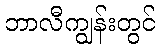
ဘာလီကျွန်းတွင်